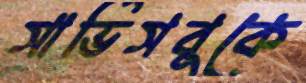
সার্ভিসবুকে